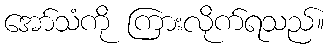
အော်သံကို ကြားလိုက်ရသည်။